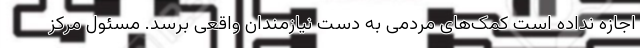
اجازه نداده است کمک‌های مردمی به دست نیازمندان واقعی برسد. مسئول مرکز